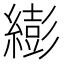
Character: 𦅈